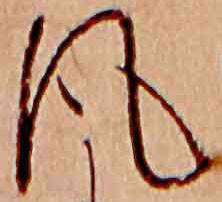
風